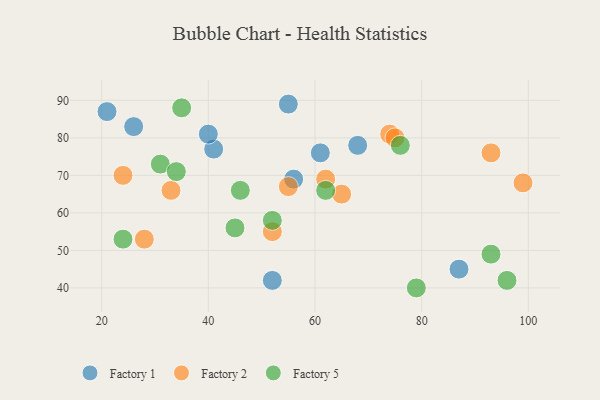
{"axis": {"x": "GDP", "y": "Life Expectancy"}, "legend": ["Factory 1", "Factory 2", "Factory 5"], "data": [{"x": "56", "y": 69, "type": "Factory 1"}, {"x": "52", "y": 42, "type": "Factory 1"}, {"x": "68", "y": 78, "type": "Factory 1"}, {"x": "55", "y": 89, "type": "Factory 1"}, {"x": "41", "y": 77, "type": "Factory 1"}, {"x": "40", "y": 81, "type": "Factory 1"}, {"x": "21", "y": 87, "type": "Factory 1"}, {"x": "61", "y": 76, "type": "Factory 1"}, {"x": "26", "y": 83, "type": "Factory 1"}, {"x": "87", "y": 45, "type": "Factory 1"}, {"x": "65", "y": 65, "type": "Factory 2"}, {"x": "55", "y": 67, "type": "Factory 2"}, {"x": "28", "y": 53, "type": "Factory 2"}, {"x": "74", "y": 81, "type": "Factory 2"}, {"x": "93", "y": 76, "type": "Factory 2"}, {"x": "33", "y": 66, "type": "Factory 2"}, {"x": "62", "y": 69, "type": "Factory 2"}, {"x": "75", "y": 80, "type": "Factory 2"}, {"x": "99", "y": 68, "type": "Factory 2"}, {"x": "52", "y": 55, "type": "Factory 2"}, {"x": "24", "y": 70, "type": "Factory 2"}, {"x": "52", "y": 58, "type": "Factory 5"}, {"x": "35", "y": 88, "type": "Factory 5"}, {"x": "96", "y": 42, "type": "Factory 5"}, {"x": "76", "y": 78, "type": "Factory 5"}, {"x": "62", "y": 66, "type": "Factory 5"}, {"x": "31", "y": 73, "type": "Factory 5"}, {"x": "79", "y": 40, "type": "Factory 5"}, {"x": "46", "y": 66, "type": "Factory 5"}, {"x": "93", "y": 49, "type": "Factory 5"}, {"x": "24", "y": 53, "type": "Factory 5"}, {"x": "34", "y": 71, "type": "Factory 5"}, {"x": "45", "y": 56, "type": "Factory 5"}]}